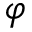
\varphi